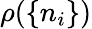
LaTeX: \rho(\{ n_{i}\} )